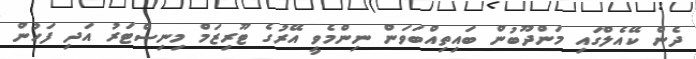
ދެން ކޭއެލްގައި މަންދޫބުން ބައިތިއްބަވަން ނިންމެވީ އޭރުގެ ޓޫރިޒަމް މިނިސްޓަރު އަދި ފަހުން